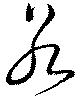
若